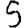
Digit: 5